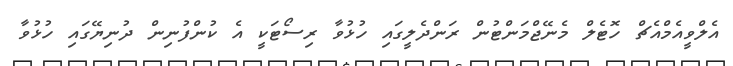
އެލްވީއެމްއެޗް ހޮޓެލް މެނޭޖްމަންޓުން ރަންދެލީގައި ހުޅުވާ ރިސޯޓަކީ އެ ކުންފުނިން ދުނިޔޭގައި ހުޅުވާ